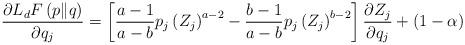
LaTeX: \begin{align*}\frac{\partial L_{d}F\left(p\|q\right)}{\partial q_{j}}=\left[\frac{a-1}{a-b}p_{j}\left(Z_{j}\right)^{a-2}-\frac{b-1}{a-b}p_{j}\left(Z_{j}\right)^{b-2}\right]\frac{\partial Z_{j}}{\partial q_{j}}+\left(1-\alpha\right) \end{align*}